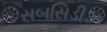
સબસિડીઝ